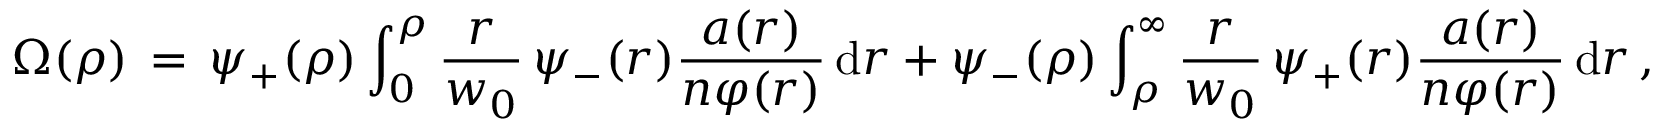
\Omega ( \rho ) \, = \, \psi _ { + } ( \rho ) \int _ { 0 } ^ { \rho } \frac { r } { w _ { 0 } } \, \psi _ { - } ( r ) \frac { a ( r ) } { n \varphi ( r ) } \, \mathrm { d } r + \psi _ { - } ( \rho ) \int _ { \rho } ^ { \infty } \frac { r } { w _ { 0 } } \, \psi _ { + } ( r ) \frac { a ( r ) } { n \varphi ( r ) } \, \mathrm { d } r \, ,